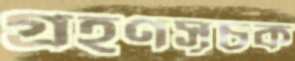
গ্রহণসূচক